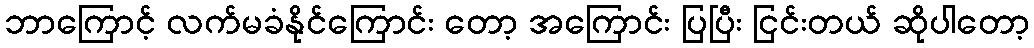
ဘာကြောင့် လက်မခံနိုင်ကြောင်း တော့ အကြောင်း ပြပြီး ငြင်းတယ် ဆိုပါတော့